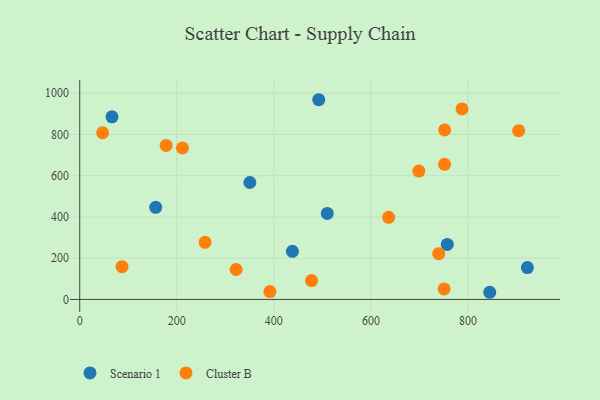
{"axis": {"x": "Speed", "y": "Rating"}, "legend": ["Cluster B", "Scenario 1"], "data": [{"x": "66.5", "y": 885.6, "type": "Scenario 1"}, {"x": "156.6", "y": 446.7, "type": "Scenario 1"}, {"x": "757.3", "y": 266.8, "type": "Scenario 1"}, {"x": "350.5", "y": 567.1, "type": "Scenario 1"}, {"x": "844.7", "y": 34.7, "type": "Scenario 1"}, {"x": "438.2", "y": 233.1, "type": "Scenario 1"}, {"x": "492.5", "y": 968.6, "type": "Scenario 1"}, {"x": "510.0", "y": 417.3, "type": "Scenario 1"}, {"x": "922.3", "y": 154.6, "type": "Scenario 1"}, {"x": "178.1", "y": 746.8, "type": "Cluster B"}, {"x": "904.4", "y": 818.5, "type": "Cluster B"}, {"x": "391.8", "y": 37.9, "type": "Cluster B"}, {"x": "750.8", "y": 50.8, "type": "Cluster B"}, {"x": "322.3", "y": 145.2, "type": "Cluster B"}, {"x": "787.6", "y": 924.1, "type": "Cluster B"}, {"x": "87.2", "y": 158.7, "type": "Cluster B"}, {"x": "258.3", "y": 277.1, "type": "Cluster B"}, {"x": "211.6", "y": 734.4, "type": "Cluster B"}, {"x": "751.9", "y": 822.3, "type": "Cluster B"}, {"x": "739.7", "y": 222.1, "type": "Cluster B"}, {"x": "636.4", "y": 398.3, "type": "Cluster B"}, {"x": "751.7", "y": 655.3, "type": "Cluster B"}, {"x": "477.6", "y": 91.3, "type": "Cluster B"}, {"x": "47.2", "y": 808.4, "type": "Cluster B"}, {"x": "698.7", "y": 622.6, "type": "Cluster B"}]}